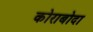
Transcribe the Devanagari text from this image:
कोराबोदा